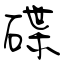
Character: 碟